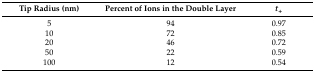
<table><thead><tr><td><b>Tip Radius (nm)</b></td><td><b>Percent of Ions in the Double Layer</b></td><td><b><i>t</i><sub>+</sub></b></td></tr></thead><tbody><tr><td>5</td><td>94</td><td>0.97</td></tr><tr><td>10</td><td>72</td><td>0.85</td></tr><tr><td>20</td><td>46</td><td>0.72</td></tr><tr><td>50</td><td>22</td><td>0.59</td></tr><tr><td>100</td><td>12</td><td>0.54</td></tr></tbody></table>